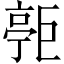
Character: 𪩧